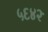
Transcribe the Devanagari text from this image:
५६४२